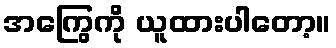
အကြွေကို ယူထားပါတော့။